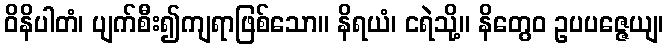
ဝိနိပါတံ၊ ပျက်စီး၍ကျရာဖြစ်သော။ နိရယံ၊ ငရဲသို့။ နိတွေဝ ဥပပဇ္ဇေယျ၊